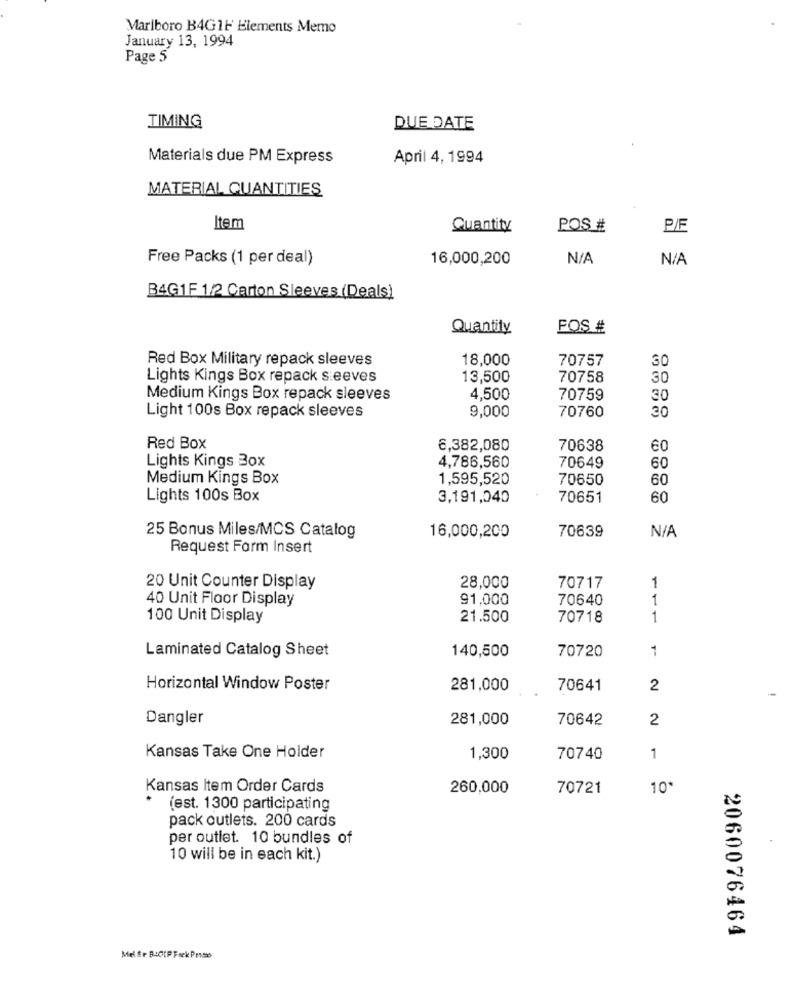
Marlboro B4GIF Elements Memo
January 13, 1994
Page 5
TIMING
DUE DATE
Materials due PM Express
April 4, 1994
MATERIAL QUANTITIES
Item
Quantity
POS #
P/E
Free Packs (1 per deal)
16,000,200
B4G1F 1/2 Carton Sleeves (Deals)
Quantity
FOS #
Red Box Military repack sleeves
18,000
70757
30
Lights Kings Box repack sleeves
13,500
70758
30
Medium Kings Box repack sleeves
4,500
70759
30
9,000
70760
Light 100s Box repack sleeves
30
Red Box
6,382,080
70638
60
Lights Kings Box
4,786,560
70649
60
Medium Kings Box
1,595,520
70650
60
Lights 100s Box
3,191,040
70651
60
16,000,200
70639
25 Bonus Miles/MCS Catalog
Request Form Insert
20 Unit Counter Display
28,000
70717
1
40 Unit Floor Display
91,000
70640
1
100 Unit Display
21.500
70718
1
Laminated Catalog Sheet
140,500
70720
1
Horizontal Window Poster
281,000
70641
2
Dangler
281,000
70642
2
Kansas Take One Holder
1,300
70740
1
Kansas Item Order Cards
260,000
70721
10*
(est. 1300 participating
pack outlets. 200 cards
per outlet. 10 bundles of
10 will be in each kit.)
2060076464